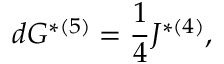
d G ^ { * ( 5 ) } = { \frac { 1 } { 4 } } J ^ { * ( 4 ) } ,